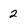
Character: 2